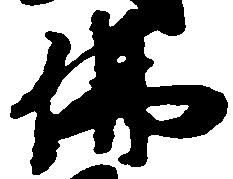
仏